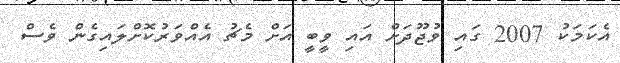
އެކަމަކު 2007 ގައި ވުޖޫދަށް އައި ވީބީ އަށް މެޗު އެއްވަރުކޮށްލައިގެން ވެސް